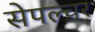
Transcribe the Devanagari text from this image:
सेपल्चर